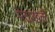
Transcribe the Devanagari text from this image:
मेटाखेलों